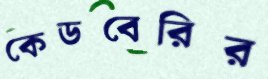
কেডবেরির